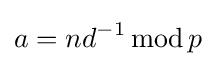
a=nd^{-1}\operatorname {mod} p